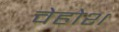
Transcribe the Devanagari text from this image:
वेहोश